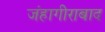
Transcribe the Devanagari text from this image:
जंहागीराबाद